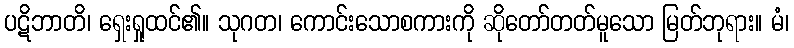
ပဋိဘာတိ၊ ရှေးရှုထင်၏။ သုဂတ၊ ကောင်းသောစကားကို ဆိုတော်တတ်မူသော မြတ်ဘုရား။ မံ၊